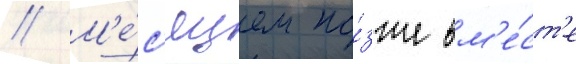
// М'е́с'яцем по́зже вм'е́ст'е